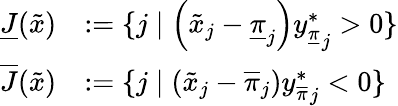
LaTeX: \begin{array}{rl}{\underline{{J}}(\tilde{x})}&{:=\{ j\mid\left(\tilde{x}_{j}-\underline{{\pi}}_{j}\right){y_{\underline{{\pi}}}^{*}}_{j}>0\} }\\ {\overline{{J}}(\tilde{x})}&{:=\{ j\mid\left(\tilde{x}_{j}-\overline{{\pi}}_{j}\right){y_{\overline{{\pi}}}^{*}}_{j}<0\} }\end{array}